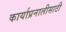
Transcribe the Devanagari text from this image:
कार्याप्रनालीसाठी